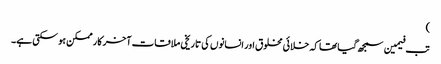
)
تب فیمین سمجھ گیا تھا کہ خلائی مخلوق اور انسانوں کی تاریخی ملاقات آخر کار ممکن ہو سکتی ہے۔